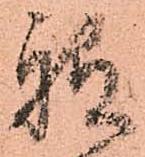
祗